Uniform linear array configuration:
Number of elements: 12
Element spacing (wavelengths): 0.5
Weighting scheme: uniform
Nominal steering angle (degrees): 45
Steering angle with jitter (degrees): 45.362
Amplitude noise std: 0.05
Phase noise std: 0.05

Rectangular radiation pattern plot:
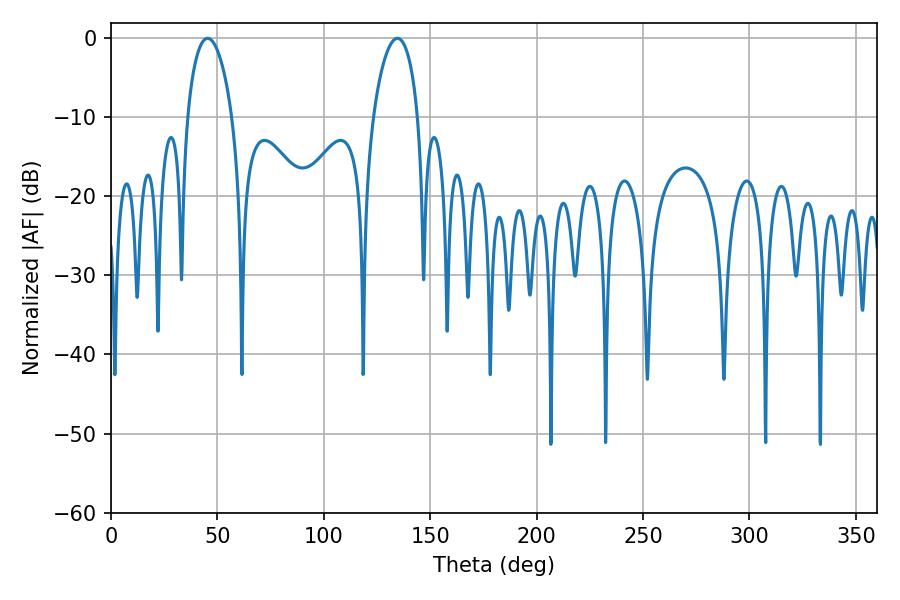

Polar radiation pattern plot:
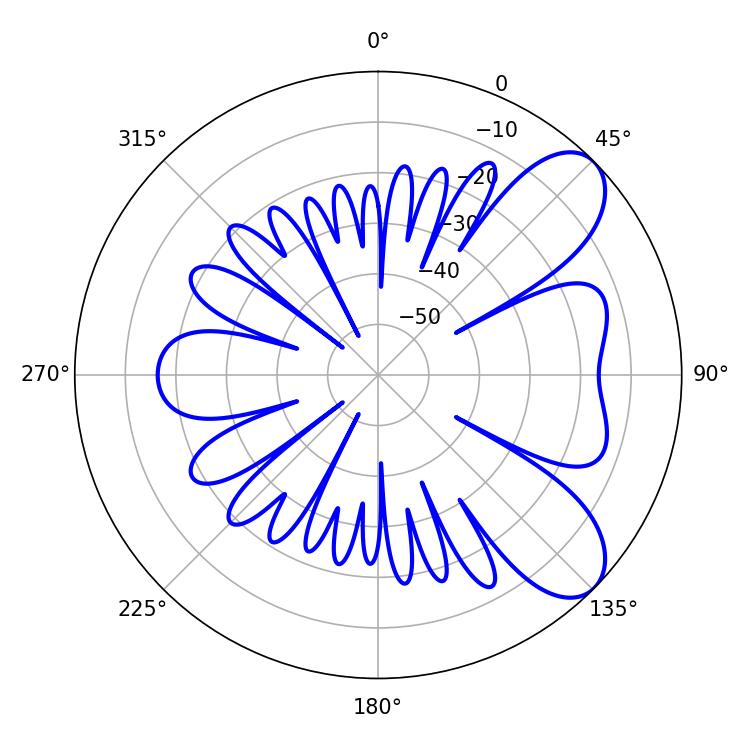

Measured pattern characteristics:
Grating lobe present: FALSE
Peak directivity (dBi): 7.776
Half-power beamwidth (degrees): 11.88
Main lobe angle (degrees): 45.36